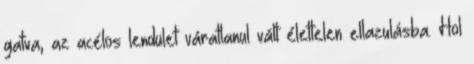
gatva, az acélos lendület váratlanul vált élettelen ellazulásba. Hol